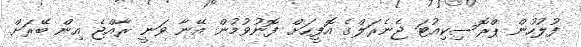
ފުލުހުން ޕްރޮސިކިއުޓަ ޖެނެރަލްގެ އޮފީހަށް ފޮނުވުމުން އޭނާ ވަނީ ރާއްޖެ އިން ބޭރަށް